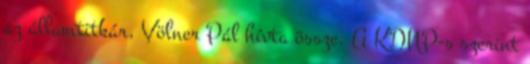
az államtitkár, Völner Pál hívta össze. A KDNP-s szerint